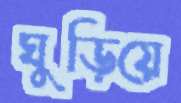
ঘুড়িয়ে